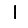
Digit: 1